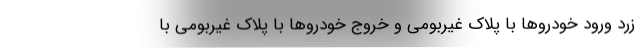
زرد ورود خودروها با پلاک غیربومی و خروج خودروها با پلاک غیربومی با